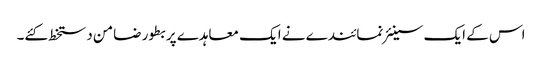
اس کے ایک سینئر نمائندے نے ایک معاہدے پر بطور ضامن دستخط کئے۔